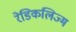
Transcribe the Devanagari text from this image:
रेडिकलिज्म